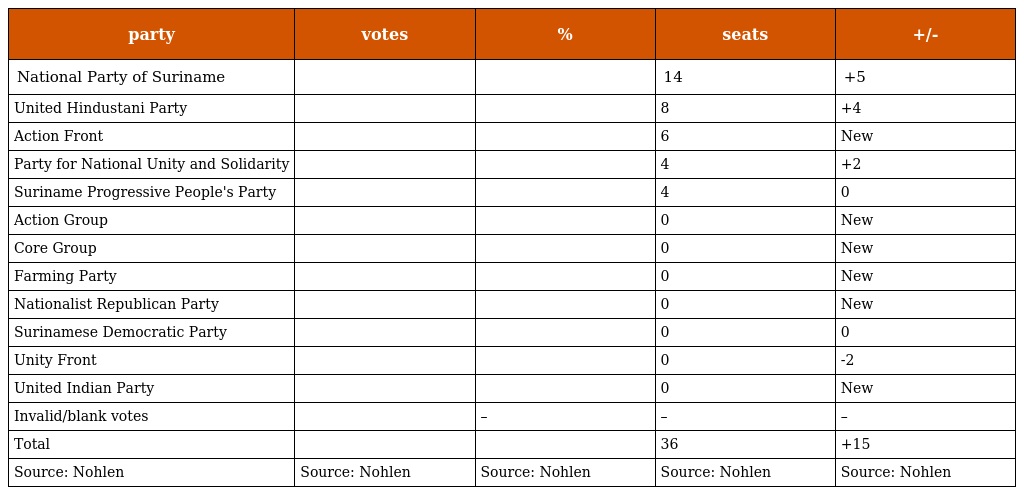
| party | votes | % | seats | +/- |
 | --- | --- | --- | --- | --- |
 | National Party of Suriname |  |  | 14 | +5 |
 | United Hindustani Party |  |  | 8 | +4 |
 | Action Front |  |  | 6 | New |
 | Party for National Unity and Solidarity |  |  | 4 | +2 |
 | Suriname Progressive People's Party |  |  | 4 | 0 |
 | Action Group |  |  | 0 | New |
 | Core Group |  |  | 0 | New |
 | Farming Party |  |  | 0 | New |
 | Nationalist Republican Party |  |  | 0 | New |
 | Surinamese Democratic Party |  |  | 0 | 0 |
 | Unity Front |  |  | 0 | -2 |
 | United Indian Party |  |  | 0 | New |
 | Invalid/blank votes |  | – | – | – |
 | Total |  |  | 36 | +15 |
 | Source: Nohlen | Source: Nohlen | Source: Nohlen | Source: Nohlen | Source: Nohlen |